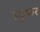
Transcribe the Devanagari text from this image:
स्पूफर